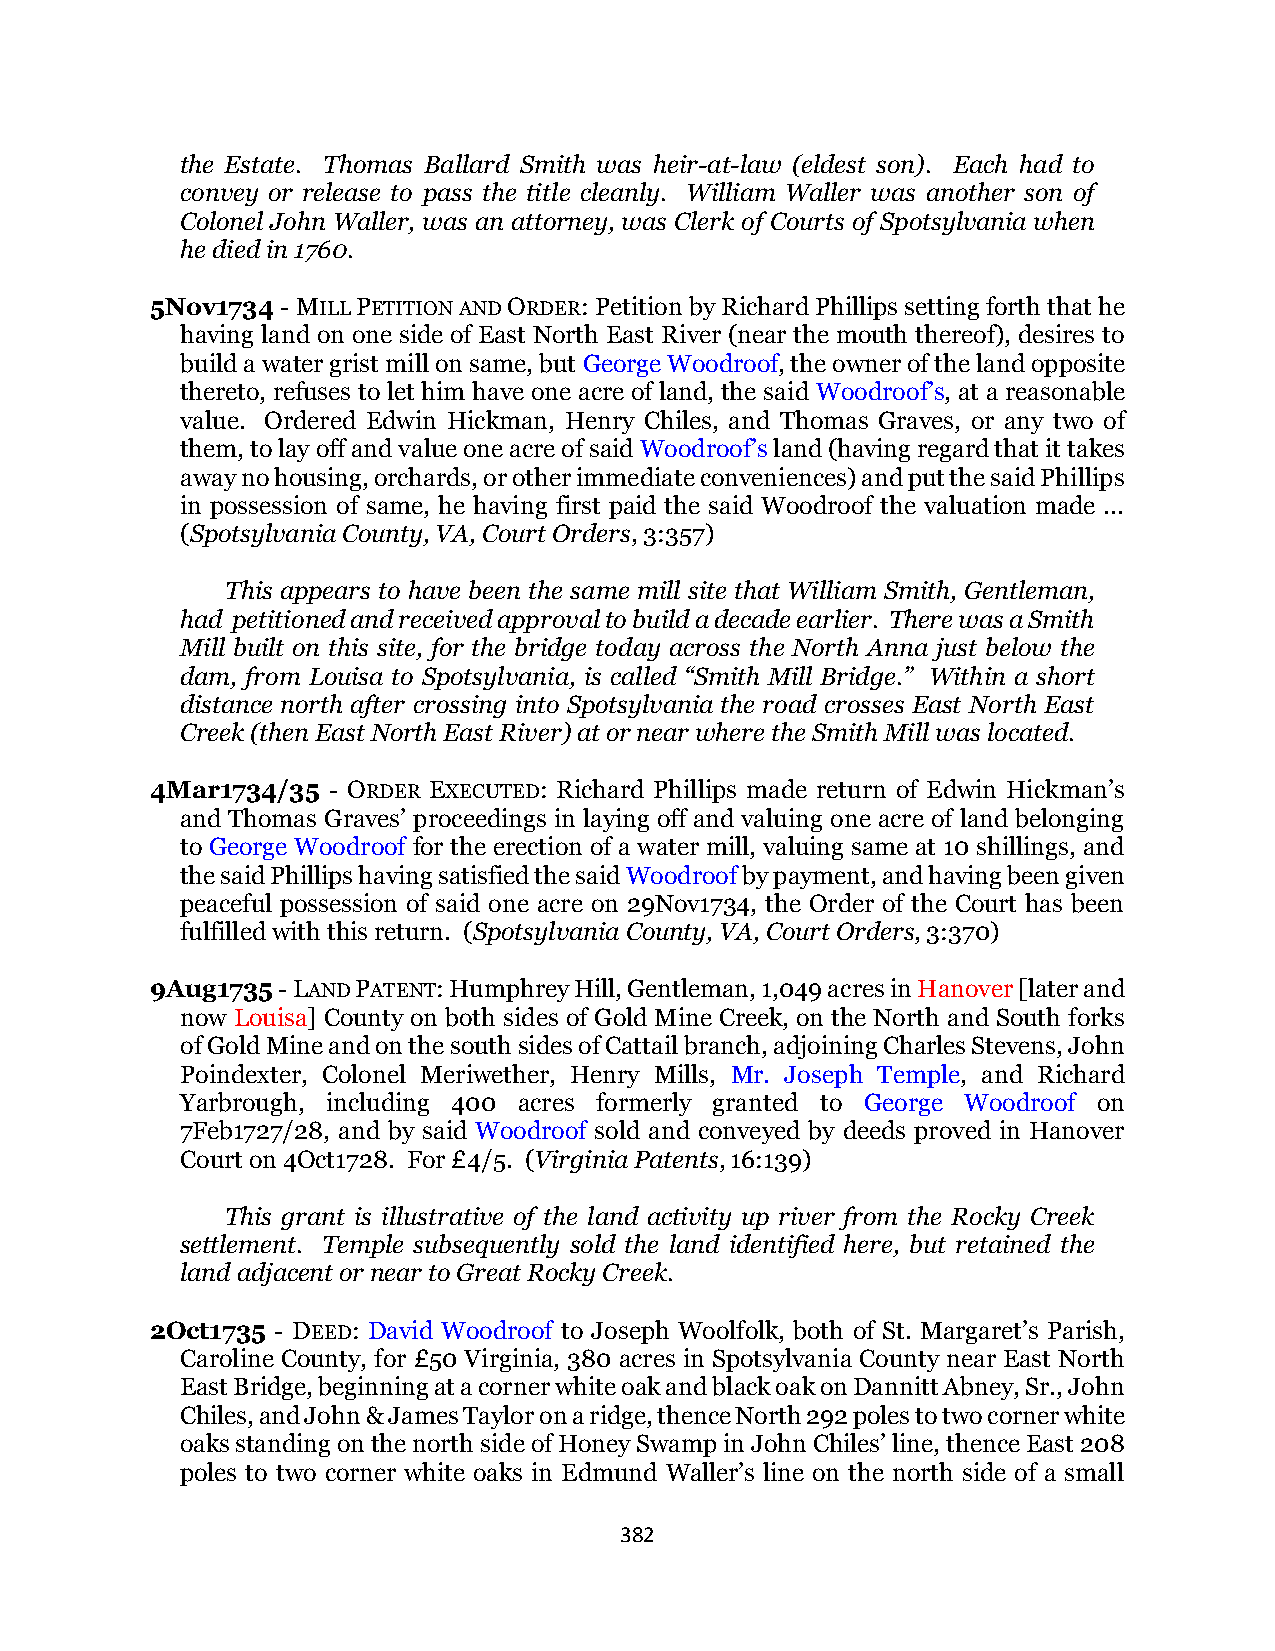
the Estate. Thomas Ballard Smith was heir-at-law (eldest son). Each had to
 convey or release to pass the title cleanly. William Waller was another son of
 Colonel John Waller, was an attorney, was Clerk of Courts of Spotsylvania when
 he died in 1760.
 5Nov1734 - MILL PETITION AND ORDER: Petition by Richard Phillips setting forth that he
 having land on one side of East North East River (near the mouth thereof), desires to
 build a water grist mill on same, but George Woodroof, the owner of the land opposite
 thereto, refuses to let him have one acre of land, the said Woodroof’s, at a reasonable
 value. Ordered Edwin Hickman, Henry Chiles, and Thomas Graves, or any two of
 them, to lay off and value one acre of said Woodroof’s land (having regard that it takes
 away no housing, orchards, or other immediate conveniences) and put the said Phillips
 in possession of same, he having first paid the said Woodroof the valuation made ...
 (Spotsylvania County, VA, Court Orders, 3:357)
 This appears to have been the same mill site that William Smith, Gentleman,
 had petitioned and received approval to build a decade earlier. There was a Smith
 Mill built on this site, for the bridge today across the North Anna just below the
 dam, from Louisa to Spotsylvania, is called “Smith Mill Bridge.” Within a short
 distance north after crossing into Spotsylvania the road crosses East North East
 Creek (then East North East River) at or near where the Smith Mill was located.
 4Mar1734/35 - ORDER EXECUTED: Richard Phillips made return of Edwin Hickman’s
 and Thomas Graves’ proceedings in laying off and valuing one acre of land belonging
 to George Woodroof for the erection of a water mill, valuing same at 10 shillings, and
 the said Phillips having satisfied the said Woodroof by payment, and having been given
 peaceful possession of said one acre on 29Nov1734, the Order of the Court has been
 fulfilled with this return. (Spotsylvania County, VA, Court Orders, 3:370)
 9Aug1735 - LAND PATENT: Humphrey Hill, Gentleman, 1,049 acres in Hanover [later and
 now Louisa] County on both sides of Gold Mine Creek, on the North and South forks
 of Gold Mine and on the south sides of Cattail branch, adjoining Charles Stevens, John
 Poindexter, Colonel Meriwether, Henry Mills, Mr. Joseph Temple, and Richard
 Yarbrough, including 400 acres formerly granted to George Woodroof on
 7Feb1727/28, and by said Woodroof sold and conveyed by deeds proved in Hanover
 Court on 4Oct1728. For £4/5. (Virginia Patents, 16:139)
 This grant is illustrative of the land activity up river from the Rocky Creek
 settlement. Temple subsequently sold the land identified here, but retained the
 land adjacent or near to Great Rocky Creek.
 2Oct1735 - DEED: David Woodroof to Joseph Woolfolk, both of St. Margaret’s Parish,
 Caroline County, for £50 Virginia, 380 acres in Spotsylvania County near East North
 East Bridge, beginning at a corner white oak and black oak on Dannitt Abney, Sr., John
 Chiles, and John & James Taylor on a ridge, thence North 292 poles to two corner white
 oaks standing on the north side of Honey Swamp in John Chiles’ line, thence East 208
 poles to two corner white oaks in Edmund Waller’s line on the north side of a small
 382